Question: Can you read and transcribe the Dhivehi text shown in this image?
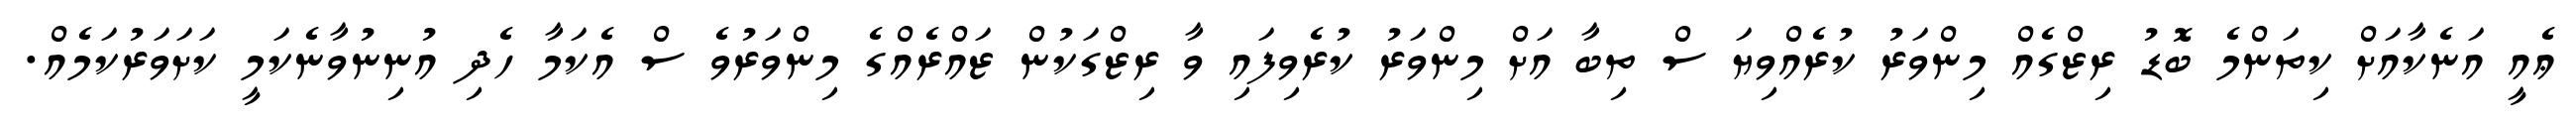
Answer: ޢެއީ އަނެކާއަށް ކިތަންމެ ބޮޑު ރިޒްގެއް މިންވަރު ކުރެއްވިޔަ ސް ތިބާ އަށް މިންވަރު ކުރެވިފައި ވާ ރިޒްގަކުން ޒައްރެއްގެ މިންވަރުވެ ސް އެކަމާ ހެދި އުނިނުވާނެކަމީ ކަށަވަރުކަމެއް.